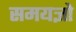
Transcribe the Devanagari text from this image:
समयज्ञो